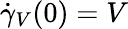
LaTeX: {\dot{\gamma}}_{V}(0)=V